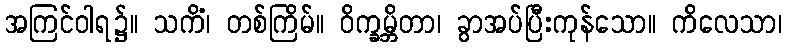
အကြင်ဝါရ၌။ သကိံ၊ တစ်ကြိမ်။ ဝိက္ခမ္ဘိတာ၊ ခွာအပ်ပြီးကုန်သော။ ကိလေသာ၊